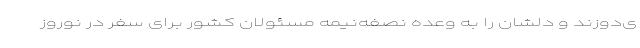
ی‌دوزند و دلشان را به وعده نصفه‌نیمه‌‌ مسئولان کشور برای سفر در نوروز